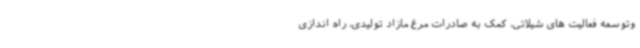
وتوسعه فعالیت های شیلاتی، کمک به صادرات مرغ مازاد تولیدی، راه اندازی